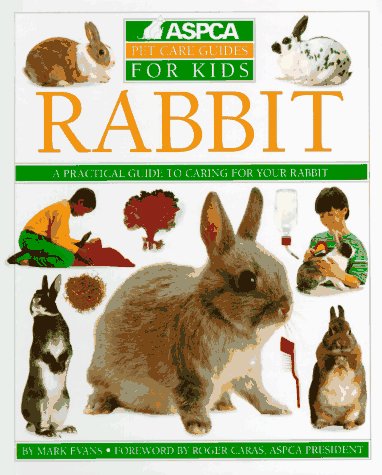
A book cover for Rabbit (ASPCA Pet Care Guides for Kids); Mark Evans; Crafts, Hobbies & Home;